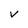
Character: v